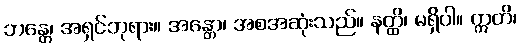
ဘန္တေ၊ အရှင်ဘုရား။ အန္တော၊ အစအဆုံးသည်။ နတ္ထိ၊ မရှိပါ။ ဣတိ၊